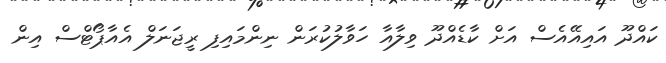
ކައްދޫ އައިއޭއެސް އަށް ކާޑެއްދޫ ވިލާއާ ހަވާލުކުރަން ނިންމައިފި ރީޖަނަލް އެއާޕޯޓްސް އިން